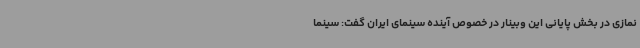
نمازی در بخش پایانی این وبینار در خصوص آینده سینمای ایران گفت: سینما